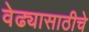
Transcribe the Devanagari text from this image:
वेढ्यासाठीचे